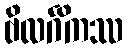
ဗိလင်္ဂိကဿ